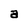
Character: a